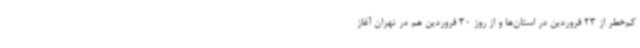
کم‌خطر از 23 فروردین در استان‌ها و از روز 30 فروردین هم در تهران آغاز